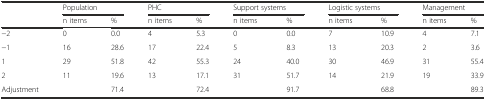
<table><thead><tr><td></td><td colspan="2"><b>Population</b></td><td colspan="2"><b>PHC</b></td><td colspan="2"><b>Support systems</b></td><td colspan="2"><b>Logistic systems</b></td><td colspan="2"><b>Management</b></td></tr><tr><td></td><td><b>n items</b></td><td><b>%</b></td><td><b>n items</b></td><td><b>%</b></td><td><b>n items</b></td><td><b>%</b></td><td><b>n items</b></td><td><b>%</b></td><td><b>n items</b></td><td><b>%</b></td></tr></thead><tbody><tr><td>−2</td><td>0</td><td>0.0</td><td>4</td><td>5.3</td><td>0</td><td>0.0</td><td>7</td><td>10.9</td><td>4</td><td>7.1</td></tr><tr><td>−1</td><td>16</td><td>28.6</td><td>17</td><td>22.4</td><td>5</td><td>8.3</td><td>13</td><td>20.3</td><td>2</td><td>3.6</td></tr><tr><td>1</td><td>29</td><td>51.8</td><td>42</td><td>55.3</td><td>24</td><td>40.0</td><td>30</td><td>46.9</td><td>31</td><td>55.4</td></tr><tr><td>2</td><td>11</td><td>19.6</td><td>13</td><td>17.1</td><td>31</td><td>51.7</td><td>14</td><td>21.9</td><td>19</td><td>33.9</td></tr><tr><td>Adjustment</td><td></td><td>71.4</td><td></td><td>72.4</td><td></td><td>91.7</td><td></td><td>68.8</td><td></td><td>89.3</td></tr></tbody></table>